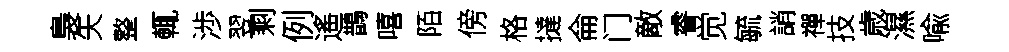
裊矢整輒渉翌剩例遙鵲嘻陌傍格撻侖门敵睿觉毓誚禪技歳濕喩